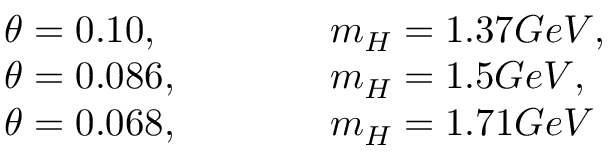
\begin{array} { l l } { { \theta = 0 . 1 0 , ~ ~ ~ ~ ~ ~ ~ ~ ~ } } & { { m _ { H } = 1 . 3 7 G e V , } } \\ { { \theta = 0 . 0 8 6 , ~ ~ ~ ~ ~ ~ ~ ~ ~ } } & { { m _ { H } = 1 . 5 G e V , } } \\ { { \theta = 0 . 0 6 8 , ~ ~ ~ ~ ~ ~ ~ ~ ~ } } & { { m _ { H } = 1 . 7 1 G e V } } \end{array}